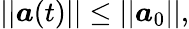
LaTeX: \left|\left|\boldsymbol{a}(t)\right|\right|\leq\left|\left|\boldsymbol{a}_{0}\right|\right|,